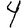
Digit: 4